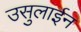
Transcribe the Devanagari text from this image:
उसुलाईन